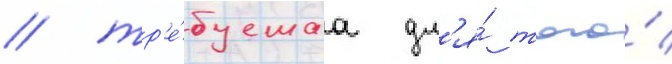
/ тр'е́буемаа дл'я́ того́